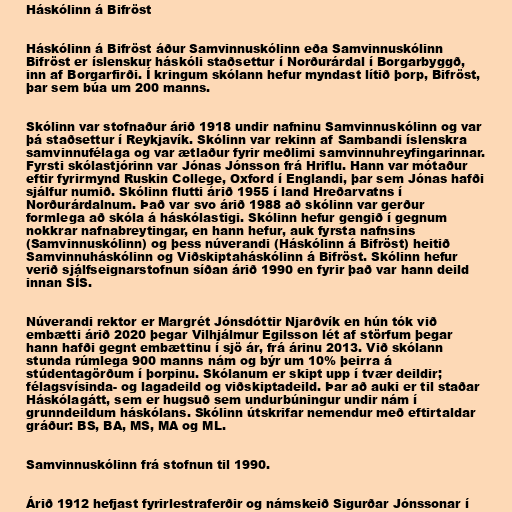
Háskólinn á Bifröst

Háskólinn á Bifröst áður Samvinnuskólinn eða Samvinnuskólinn
Bifröst er íslenskur háskóli staðsettur í Norðurárdal í Borgarbyggð,
inn af Borgarfirði. Í kringum skólann hefur myndast lítið þorp, Bifröst,
þar sem búa um 200 manns.

Skólinn var stofnaður árið 1918 undir nafninu Samvinnuskólinn og var
þá staðsettur í Reykjavík. Skólinn var rekinn af Sambandi íslenskra
samvinnufélaga og var ætlaður fyrir meðlimi samvinnuhreyfingarinnar.
Fyrsti skólastjórinn var Jónas Jónsson frá Hriflu. Hann var mótaður
eftir fyrirmynd Ruskin College, Oxford í Englandi, þar sem Jónas hafði
sjálfur numið. Skólinn flutti árið 1955 í land Hreðarvatns í
Norðurárdalnum. Það var svo árið 1988 að skólinn var gerður
formlega að skóla á háskólastigi. Skólinn hefur gengið í gegnum
nokkrar nafnabreytingar, en hann hefur, auk fyrsta nafnsins
(Samvinnuskólinn) og þess núverandi (Háskólinn á Bifröst) heitið
Samvinnuháskólinn og Viðskiptaháskólinn á Bifröst. Skólinn hefur
verið sjálfseignarstofnun síðan árið 1990 en fyrir það var hann deild
innan SÍS.

Núverandi rektor er Margrét Jónsdóttir Njarðvík en hún tók við
embætti árið 2020 þegar Vilhjálmur Egilsson lét af störfum þegar
hann hafði gegnt embættinu í sjö ár, frá árinu 2013. Við skólann
stunda rúmlega 900 manns nám og býr um 10% þeirra á
stúdentagörðum í þorpinu. Skólanum er skipt upp í tvær deildir;
félagsvísinda- og lagadeild og viðskiptadeild. Þar að auki er til staðar
Háskólagátt, sem er hugsuð sem undurbúningur undir nám í
grunndeildum háskólans. Skólinn útskrifar nemendur með eftirtaldar
gráður: BS, BA, MS, MA og ML.

Samvinnuskólinn frá stofnun til 1990.

Árið 1912 hefjast fyrirlestraferðir og námskeið Sigurðar Jónssonar í